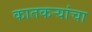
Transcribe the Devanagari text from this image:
कातकऱ्यांचा